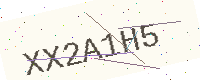
Text: XX2A1H5